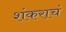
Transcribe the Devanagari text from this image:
शंकराचं